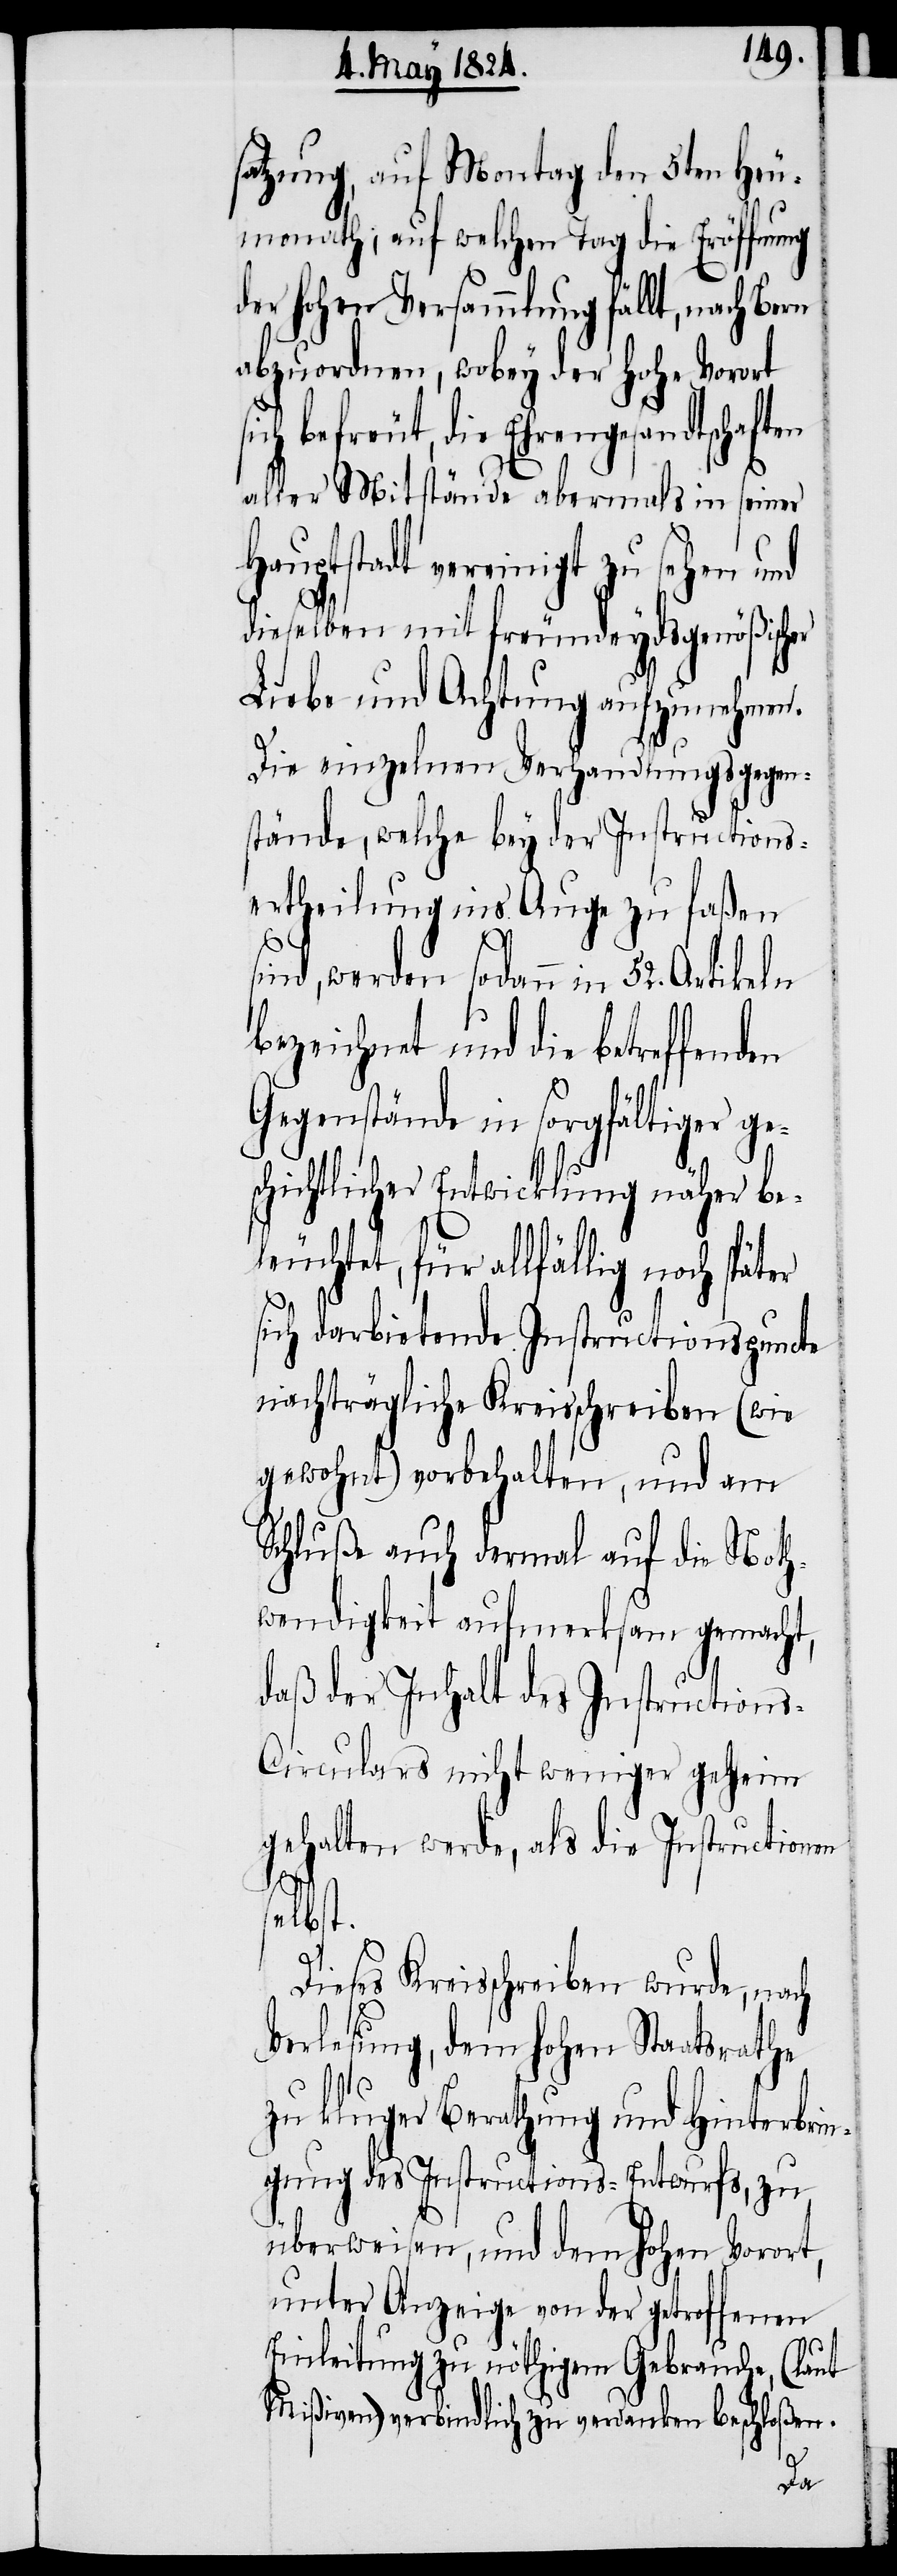
satzung, auf Montag den 5ten Heu¬
monath; auf welchen Tag die Eröffnung
der hohen Versammlung fällt, nach Bern
abzuordnen, wobey der hohe Vorort
Ehrengesandtschaften
aller Mitstände abermals in seiner
Hauptstadt vereinigt zu sehen und
dieselben mit freundeydsgenößischer
Liebe und Achtung aufzunehmen.
Die einzelnen Verhandlungsgegen¬
stände, welche bey der Instructions¬
ertheilung ins Auge zu faßen
sind, werden sodann in 52. Artikeln
bezeichnet und die betreffenden
Gegenstände in sorgfältiger ge¬
schichtlicher Entwicklung näher be¬
leuchtet, für allfällig noch spät¬
sich darbietende Instructionspuncte
nachträgliche Kreisschreiben (wie
gewohnt) vorbehalten, und am
Schluße auch dermal auf die Noth¬
wendigkeit aufmerksam gemacht,
daß der Inhalt des Instruction¬
s-Circulars nicht weniger geheim
gehalten werde, als die Instructionen
selbst.
Dieses Kreisschreiben wurde, nach
Verlesung, dem hohen Staatsrathe
zu kluger Berathung und Hinterbrin¬
gung des Instructions-Entwurfs, zu
überweisen, und dem hohen Vorort,
unter Anzeige von der getroffenen
Einleitung zu nöthigem Gebrauche, (laut
Mißiven) verbindlich zu verdanken beschloßen.
er